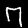
Digit: 7